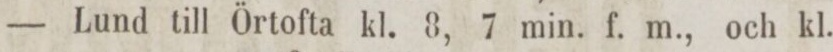
— Lund till Örtofta kl. 8, 7 min. f. m., och kl.